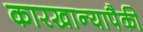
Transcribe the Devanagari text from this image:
कारखान्यापैकी